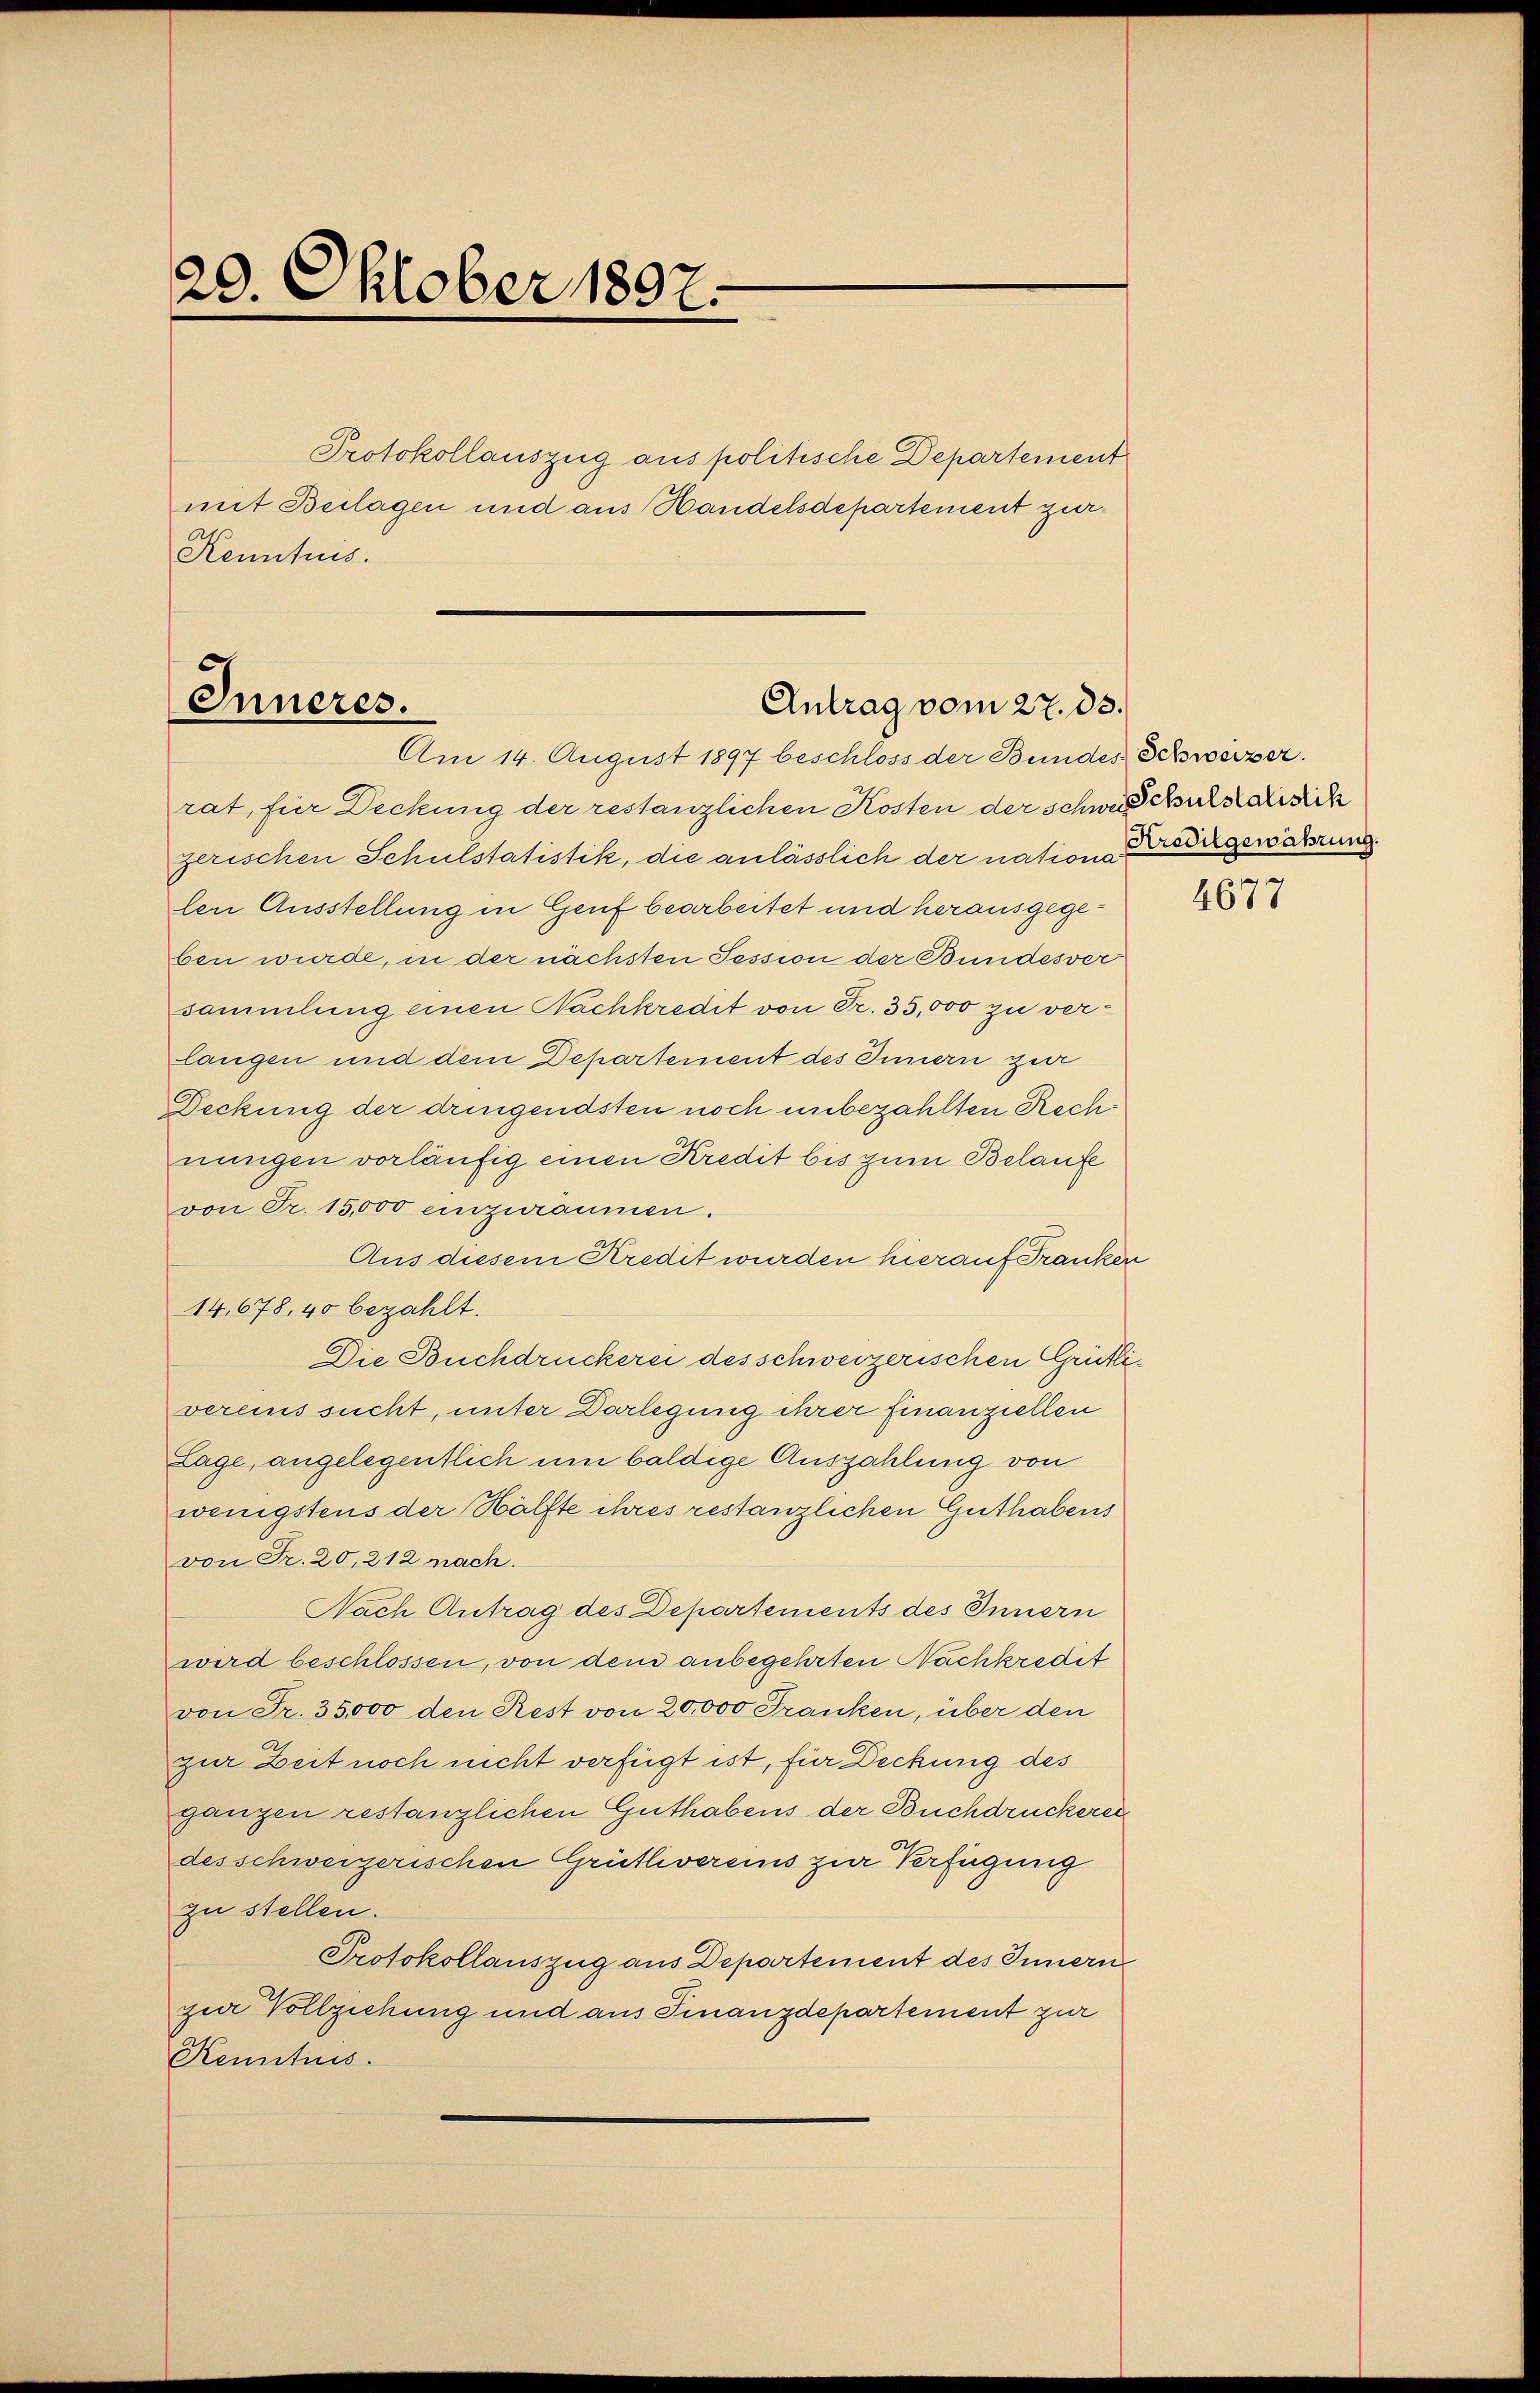
20. Oktober 1897.

Protokollauszug aus politische Departement
mit Beilagen und aus Handelsdepartement zur
Kenntnis.

Inneres.
Antrag vom 27. ds.

Am 14. August 1897 beschloss der Bundes Schweizer.
rat, für Deckung der restanzlichen Kosten der schwe Schuldisch
zerischen Schulstatistik, die anlässlich der nationa
den Ausstellung in Genf bearbeitet und herausgegeben wurde, in der nächsten Tession der Bundesver
sammlung einen Nachkredit von Fr. 35,000 zu verlangen und dem Departement des Innern zu
Deckung der dringendsten noch unbezahlten Rechnungen vorläufig einen Kredit bis zum Belaufe
von Fr. 15,000 einzuräumen.
Aus diesem Kredit wurden hierauf Franken
14,678, 40 bezahlt.
Die Buchdruckerei des schweizerischen Grütlivereins sucht, unter Darlegung ihrer finanziellen
Lage, angelegentlich um baldige Auszahlung von
wenigstens der Hälfte ihres restanzlichen Guthabens
von Fr. 20, 212 nach.
Nach Antrag des Departements des Innern
wird beschlossen, von dem anbegehrten Nachkredit
von Fr. 35000 den Rest von 20,000 Franken, über den
zur Zeit noch nicht verfügt ist, für Deckung des
gangen restanzlichen Guthabens der Buchdruckerei
des schweizerischen Grütlivereins zur Verfügung
zu stellen.
Protokollauszug aus Departement des Innern
ger Vollziehung und aus Finanzdepartement zur
Kenntnis.

Kreditgewährung.

4677